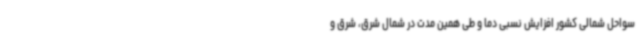
سواحل شمالی کشور افزایش نسبی دما و طی همین مدت در شمال شرق، شرق و